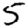
Digit: 5